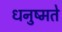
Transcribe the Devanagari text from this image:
धनुष्मते